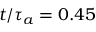
t / \tau _ { a } = 0 . 4 5